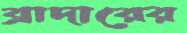
ব্রাদারের